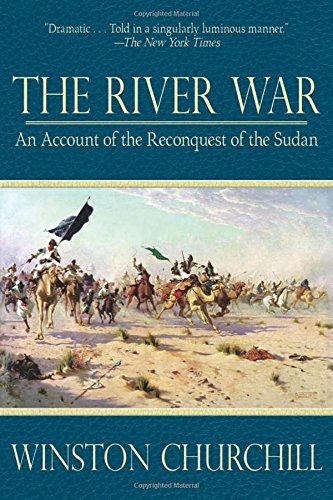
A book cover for The River War: An Account of the Reconquest of the Sudan; Winston Churchill; Biographies & Memoirs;